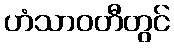
ဟံသာဝတီတွင်